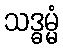
သဒ္ဓမ္မံ